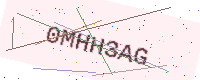
Text: 0MHH3AG